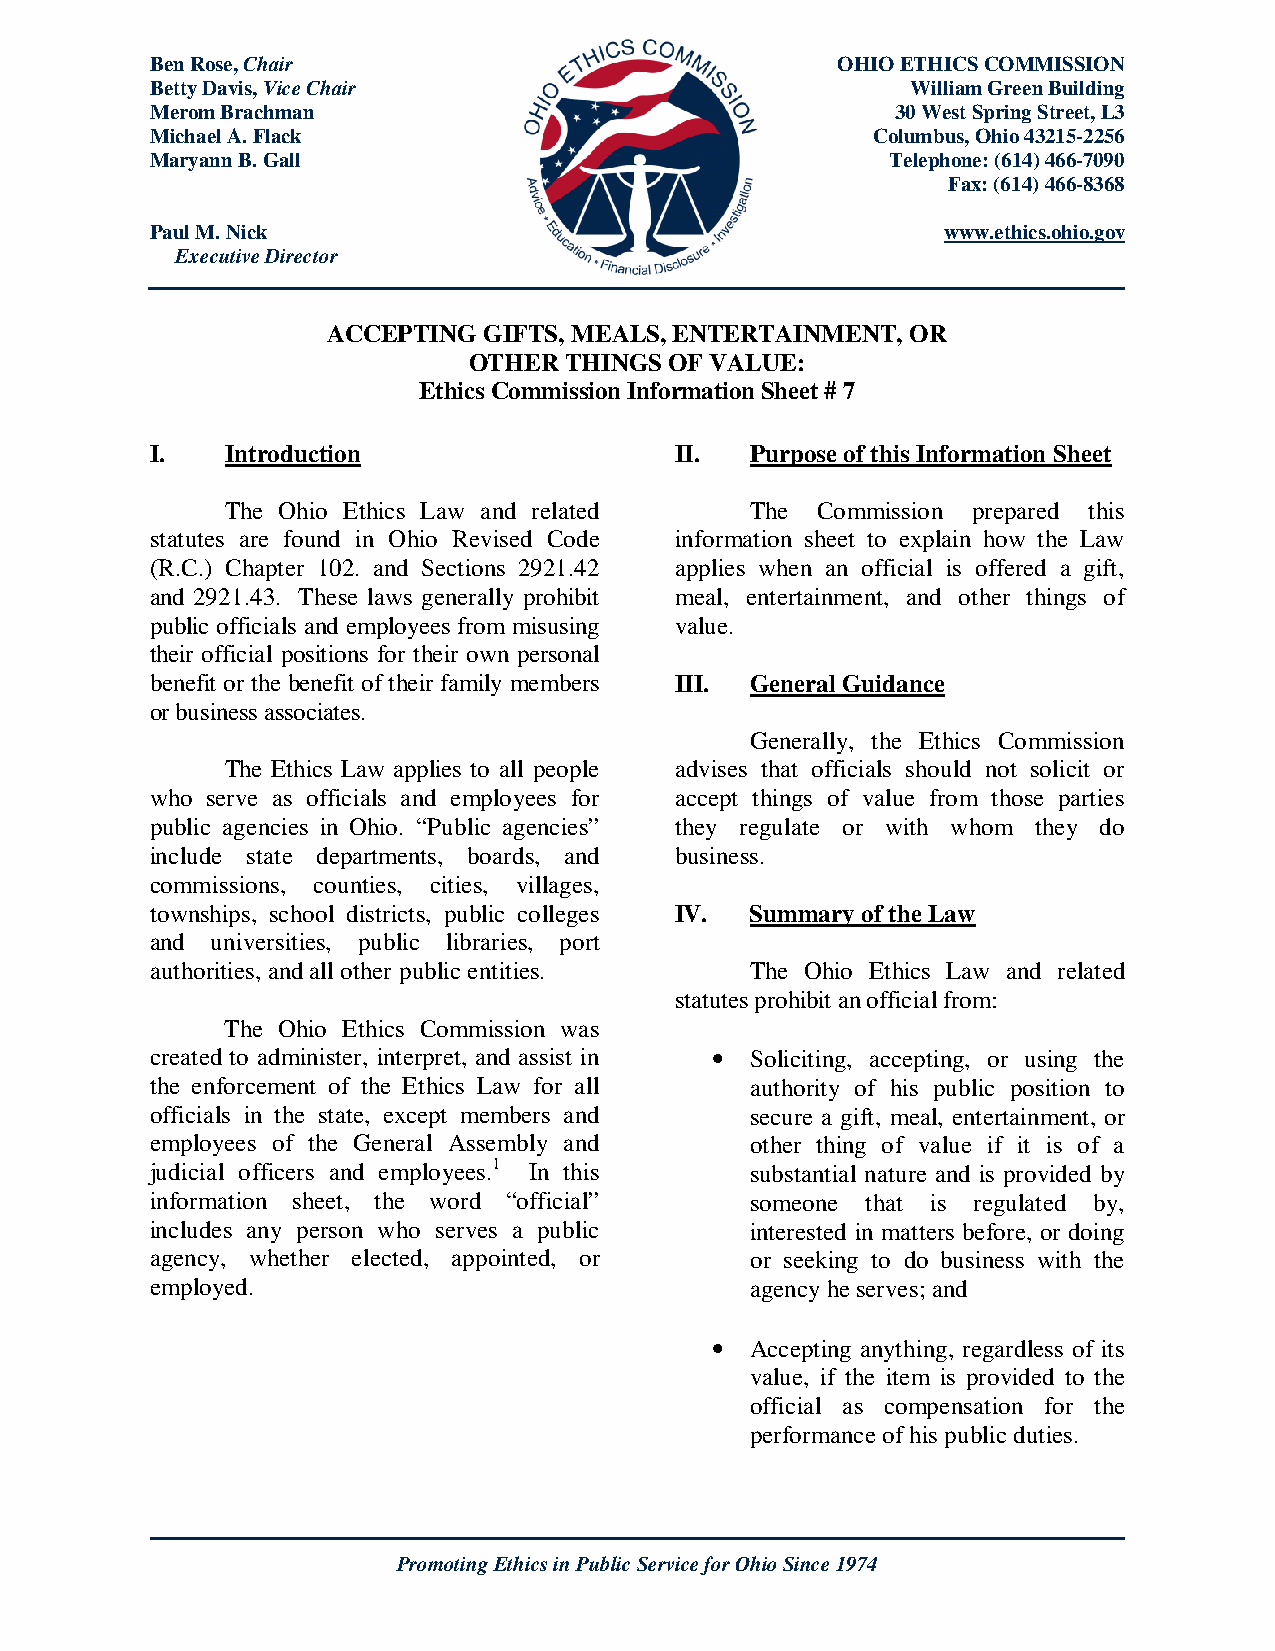
Ben Rose, Chair                              OHIO ETHICS COMMISSION
 Betty Davis, Vice Chair                           William Green Building
 Merom Brachman                                   30 West Spring Street, L3
 Michael A. Flack                                Columbus, Ohio 43215-2256
 Maryann B. Gall                                  Telephone: (614) 466-7090
 Fax: (614) 466-8368
 Paul M. Nick                                         www.ethics.ohio.gov
 Executive Director
 ACCEPTING GIFTS, MEALS, ENTERTAINMENT, OR
 OTHER THINGS OF VALUE:
 Ethics Commission Information Sheet # 7
 I.   Introduction                  II.  Purpose of this Information Sheet
 The Ohio Ethics Law and related    The Commission prepared this
 statutes are found in Ohio Revised Code information sheet to explain how the Law
 (R.C.) Chapter 102. and Sections 2921.42 applies when an official is offered a gift,
 and 2921.43. These laws generally prohibit meal, entertainment, and other things of
 public officials and employees from misusing value.
 their official positions for their own personal
 benefit or the benefit of their family members III. General Guidance
 or business associates.
 Generally, the Ethics Commission
 The Ethics Law applies to all people advises that officials should not solicit or
 who serve as officials and employees for accept things of value from those parties
 public agencies in Ohio. “Public agencies” they regulate or with whom they do
 include state departments, boards, and business.
 commissions, counties, cities, villages,
 townships, school districts, public colleges IV. Summary of the Law
 and universities, public libraries, port
 authorities, and all other public entities. The Ohio Ethics Law and related
 statutes prohibit an official from:
 The Ohio Ethics Commission was
 created to administer, interpret, and assist in • Soliciting, accepting, or using the
 the enforcement of the Ethics Law for all authority of his public position to
 officials in the state, except members and secure a gift, meal, entertainment, or
 employees of the General Assembly and   other thing of value if it is of a
 judicial officers and employees.1 In this substantial nature and is provided by
 information sheet, the word “official”  someone that is regulated by,
 includes any person who serves a public interested in matters before, or doing
 agency, whether elected, appointed, or  or seeking to do business with the
 employed.                               agency he serves; and
 •  Accepting anything, regardless of its
 value, if the item is provided to the
 official as compensation for the
 performance of his public duties.
 Promoting Ethics in Public Service for Ohio Since 1974